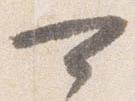
可